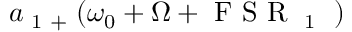
a \textsubscript { 1 + } ( \omega _ { 0 } + \Omega + \textrm { F S R \textsubscript { 1 } } )